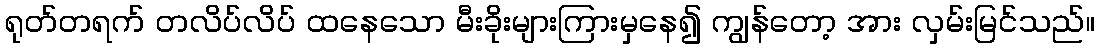
ရုတ်တရက် တလိပ်လိပ် ထနေသော မီးခိုးများကြားမှနေ၍ ကျွန်တော့ အား လှမ်းမြင်သည်။